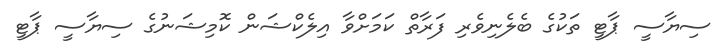
ސިޔާސީ ޕާޓީ ތަކުގެ ބެލެނިވެރި ފަރާތް ކަމަށްވާ އިލެކްޝަން ކޮމިޝަނުގެ ސިޔާސީ ޕާޓީ